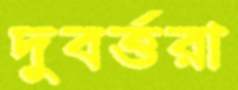
দুবর্ত্তরা